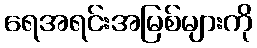
ရေအရင်းအမြစ်များကို